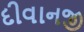
દીવાનજી